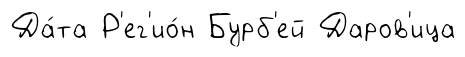
Да́та Р'ег'ио́н Бурб'ей Даров'ица